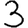
Digit: 3